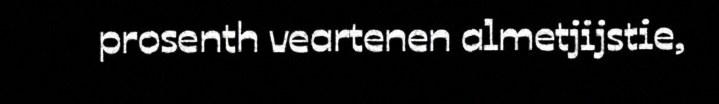
prosenth veartenen almetjijstie,